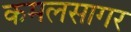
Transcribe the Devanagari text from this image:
कमलसागर